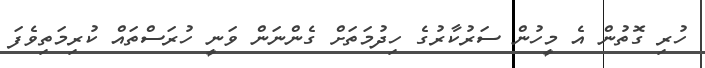
ހުރި ގޮތުން އެ މީހުން ސަރުކާރުގެ ހިދުމަތަށް ގެންނަން ވަނީ ހުރަސްތައް ކުރިމަތިވެފަ